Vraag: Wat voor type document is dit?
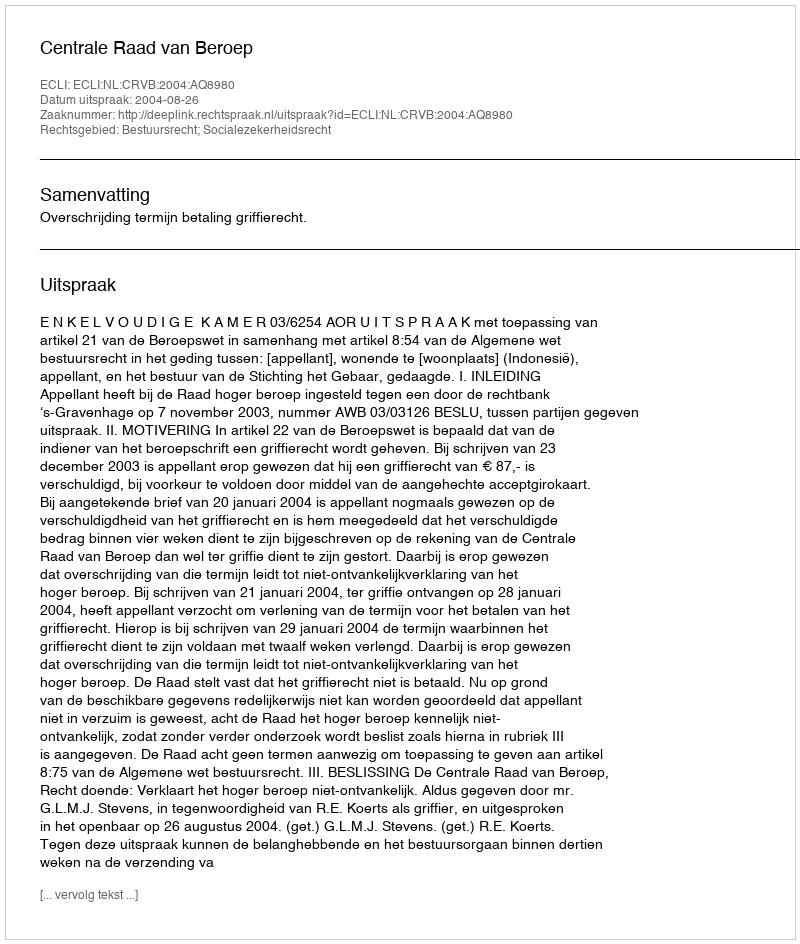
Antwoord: Uitspraak